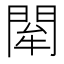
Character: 𨴍